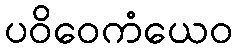
ပဝိဝေကံယေဝ